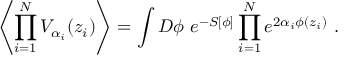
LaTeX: \left\langle \prod _ { i = 1 } ^ { N } V _ { \alpha _ { i } } ( z _ { i } ) \right\rangle = \int D \phi \ e ^ { - S [ \phi ] } \prod _ { i = 1 } ^ { N } e ^ { 2 \alpha _ { i } \phi ( z _ { i } ) } \ .